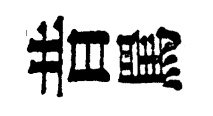
昔罵